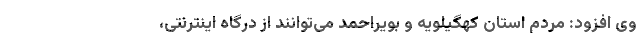
وی افزود: مردم استان کهگیلویه و بویراحمد می‌توانند از درگاه اینترنتی،